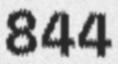
844